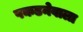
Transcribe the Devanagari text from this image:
पकडनेवाला